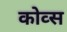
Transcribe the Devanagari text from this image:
कोव्स